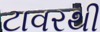
ટાવરથી